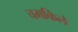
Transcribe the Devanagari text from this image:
चमकिले